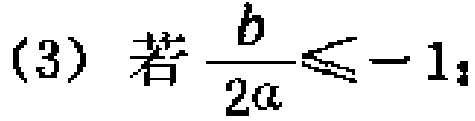
(3) 若$\frac{b}{2a}\leqslant -1$